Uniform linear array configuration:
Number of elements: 24
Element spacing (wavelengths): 0.5
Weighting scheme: cosine
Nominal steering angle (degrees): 30
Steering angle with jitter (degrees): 31.968
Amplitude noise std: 0.05
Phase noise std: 0.05

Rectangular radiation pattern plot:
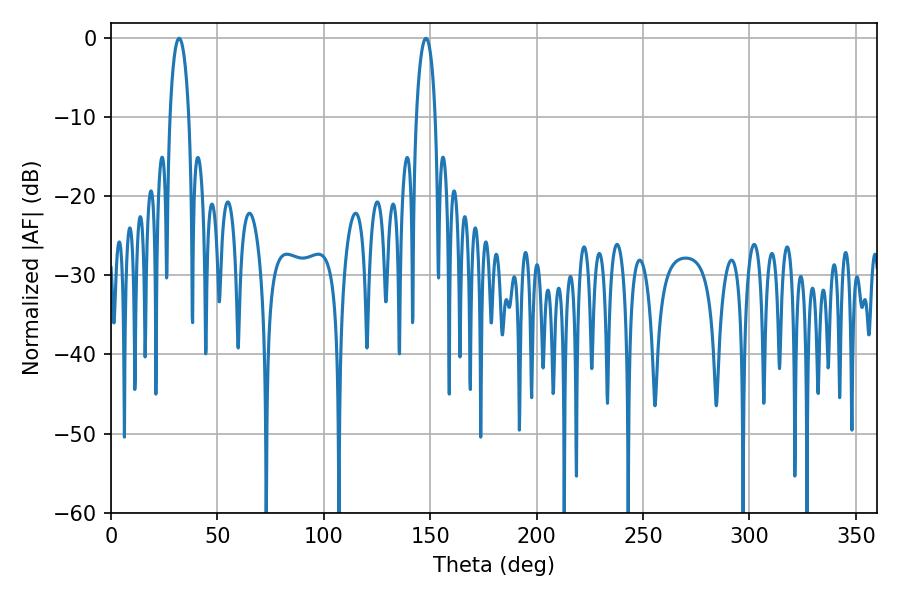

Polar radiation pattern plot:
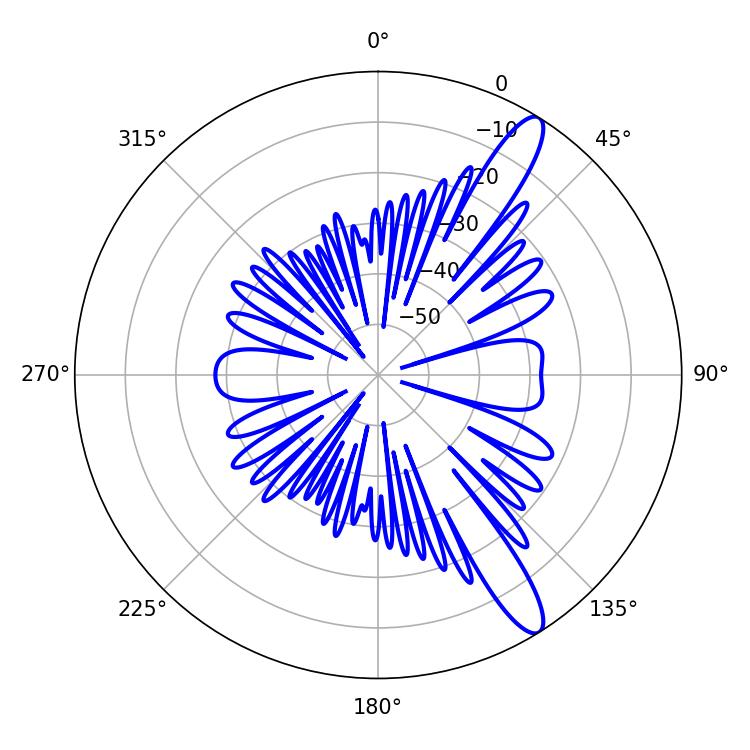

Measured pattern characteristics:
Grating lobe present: FALSE
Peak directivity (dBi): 12.797
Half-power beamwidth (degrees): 5.04
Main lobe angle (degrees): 32.04